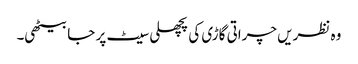
وہ نظریں چراتی گاڑی کی پچھلی سیٹ پر جا بیٹھی۔